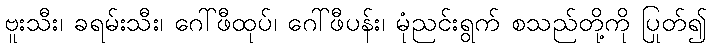
ဗူးသီး၊ ခရမ်းသီး၊ ဂေါ်ဖီထုပ်၊ ဂေါ်ဖီပန်း၊ မုံညင်းရွက် စသည်တို့ကို ပြုတ်၍